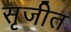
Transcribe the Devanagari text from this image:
सृजीत